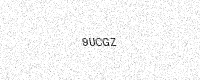
Text: 9UCGZ